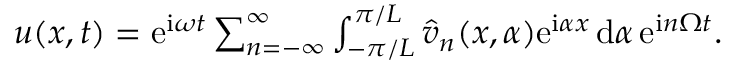
\begin{array} { r } { u ( x , t ) = \mathrm { e } ^ { \mathrm { i } \omega t } \sum _ { n = - \infty } ^ { \infty } \int _ { - \pi / L } ^ { \pi / L } \Hat { v } _ { n } ( x , \alpha ) \mathrm { e } ^ { \mathrm { i } \alpha x } \, \mathrm { d } \alpha \, \mathrm { e } ^ { \mathrm { i } n \Omega t } . } \end{array}